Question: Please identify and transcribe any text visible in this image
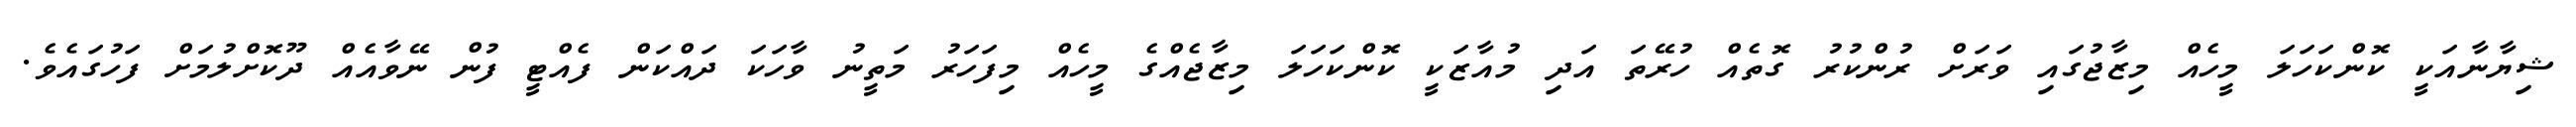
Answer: ޝިޔާނާއަކީ ކޮންކަހަލަ މީހެއް މިޒާޖުގައި ވަރަށް ރުންކުރު ގޮތެއް ހުރޭތަ އަދި މުއާޒަކީ ކޮންކަހަލަ މިޒާޖެއްގެ މީހެއް މިފަހަރު މަތީނު ވާހަކަ ދައްކަން ފެއްޓީ ފުން ނޭވާއެއް ދޫކޮށްލުމަށް ފަހުގައެވެ.